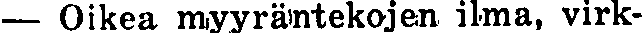
— Oikea myyräntekojen ilma, virk-